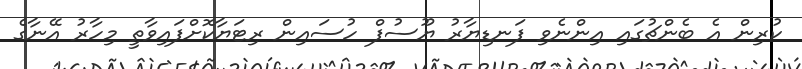
ކުރިން އެ ބެންޗުގައި އިންނެވި ފަނޑިޔާރު ޔޫސުފް ހުސައިން ރިޓަޔާކޮށްފައިވާތީ މިހާރު އޭނާގެ